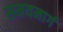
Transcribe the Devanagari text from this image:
समयमार्ग